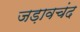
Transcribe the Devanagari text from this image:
जड़ावचंद